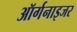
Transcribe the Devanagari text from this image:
ऑर्गनाइजर